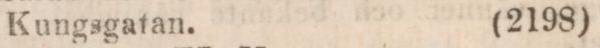
Kungsgatan.        (2198)